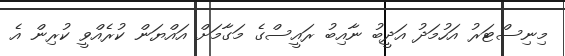
މިނިސްޓަރު އަހުމަދު އަދީބު ނާއިބު ރައީސްގެ މަގާމަށް އައްޔަން ކުރެއްވީ ކުރިން އެ